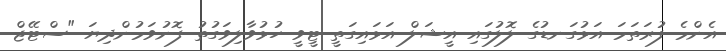
އެންމެ ފުރަތަމަ އަޅުގަނޑުގެ ލޮލުގައި އީޝަލް އަޅައިގަތީ ޓީވީ ހުޅުވާލިވަގުތު ފޮނުވަމުންދިޔަ "ސްޓޭޖް